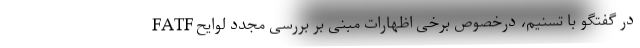
در گفتگو با تسنیم، درخصوص برخی اظهارات مبنی بر بررسی مجدد لوایح FATF